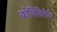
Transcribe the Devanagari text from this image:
कोथिंबिरीने